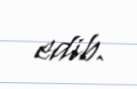
edib.